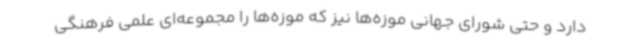
دارد و حتی شورای جهانی موزه‌ها نیز که موزه‌ها را مجموعه‌ای علمی فرهنگی